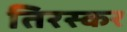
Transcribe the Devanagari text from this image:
तिरस्कर